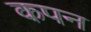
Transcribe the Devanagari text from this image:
कपन